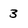
Character: 3